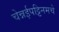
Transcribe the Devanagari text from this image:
चेन्नईपट्टिनमचे